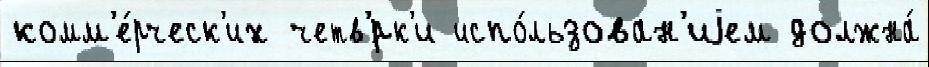
комм'е́рческ'их четв'́рк'и испо́льзован'иjем должна́